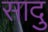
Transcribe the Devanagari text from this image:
सादु